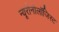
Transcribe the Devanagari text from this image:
न्यूरोनोलॉजिस्ट